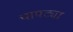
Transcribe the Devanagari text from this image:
चापट्या